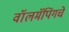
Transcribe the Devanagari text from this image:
वॉलमॅपिंगचे